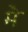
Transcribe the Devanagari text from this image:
मेॱ